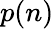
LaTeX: p(n)